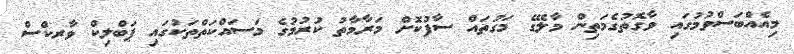
މިއެއްބަސްވުމުގައި ވާގޮތުގެމަތިން މާލޭގެ މަގުތައް ސާފުކޮށް މަރާމާތު ކުރުމުގެ މަސައްކަތްތަކުގައި ޕަބްލިކް ވާރކްސް